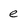
Character: e